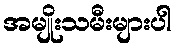
အမျိုးသမီးများပါ